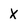
Character: x